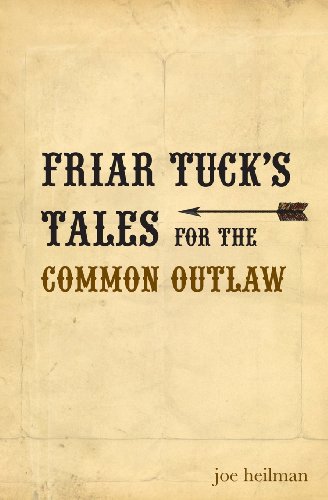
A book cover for Friar Tuck's Tales For The Common Outlaw; Joseph Patrick Heilman; Christian Books & Bibles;